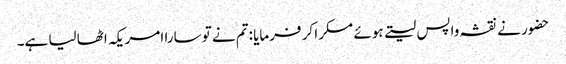
حضور نے نقشہ واپس لیتے ہوئے مسکرا کر فرمایا :تم نے تو سارا امریکہ اٹھا لیا ہے۔